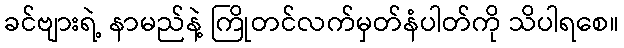
ခင်ဗျားရဲ့ နာမည်နဲ့ ကြိုတင်လက်မှတ်နံပါတ်ကို သိပါရစေ။